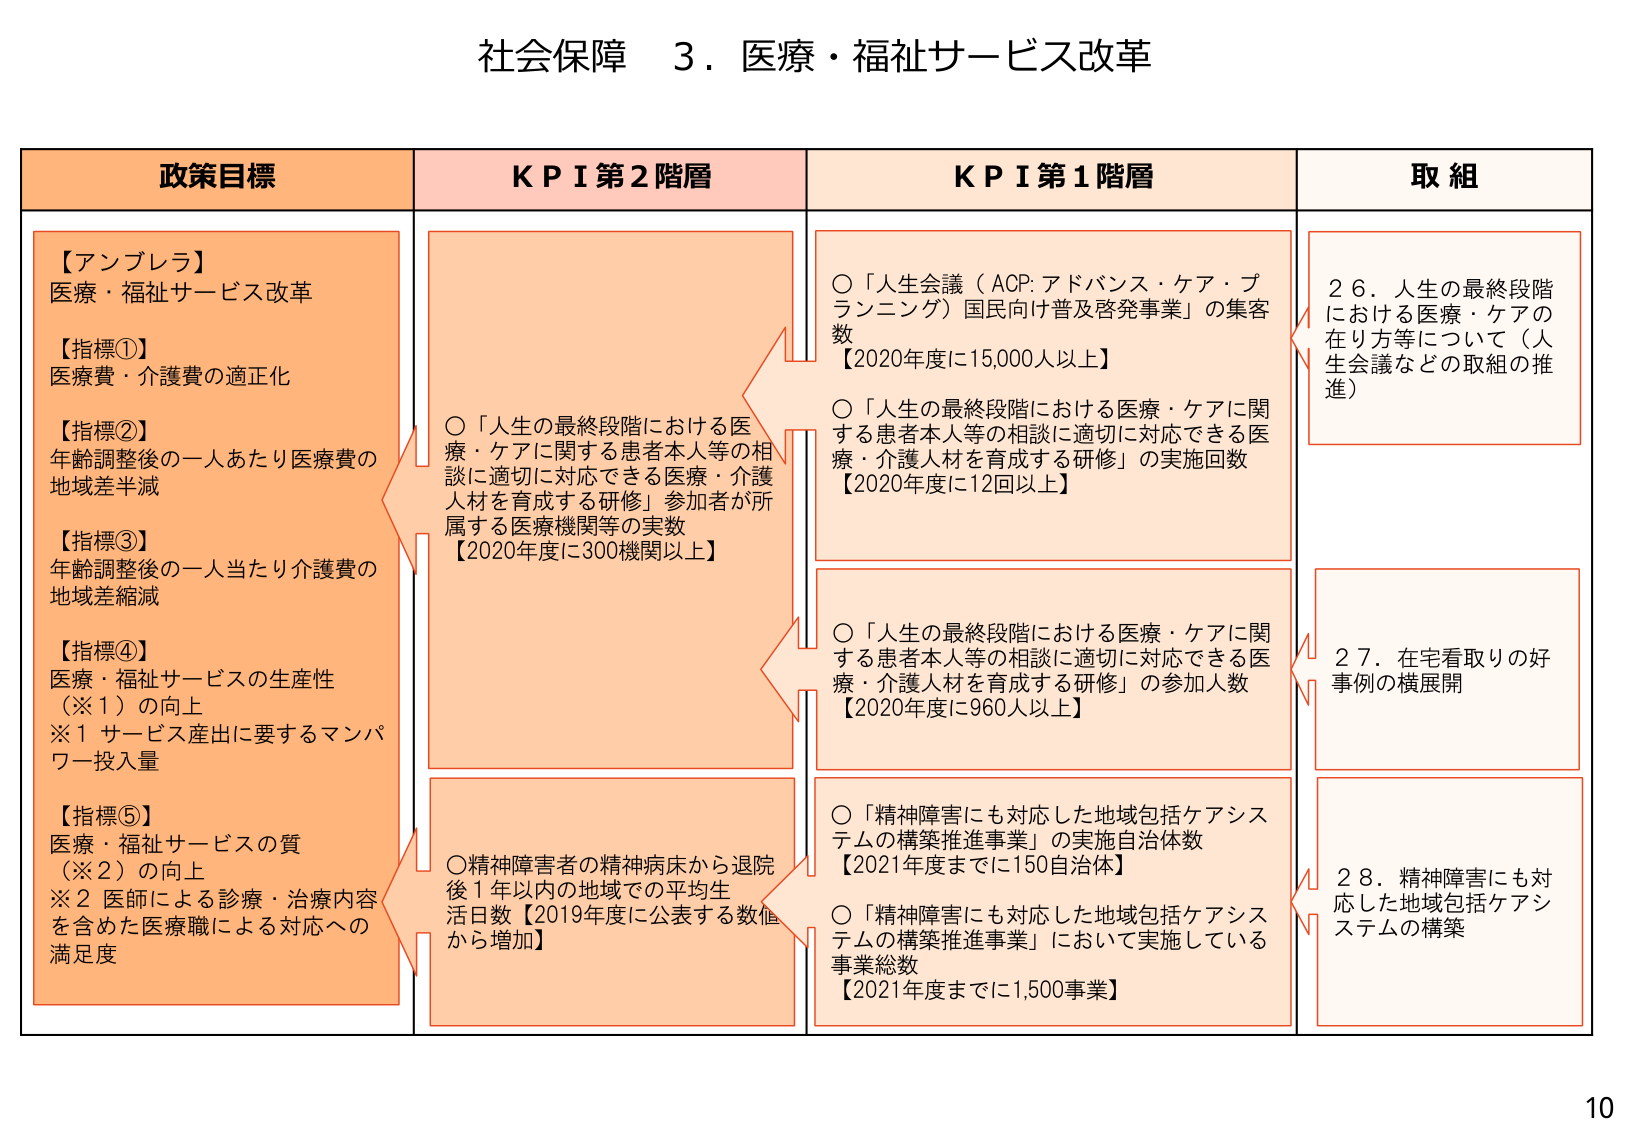
社会保障 ３．医療・福祉サービス改革

政策目標
【アンブレラ】
医療・福祉サービス改革
【指標①】
医療費・介護費の適正化
【指標②】
年齢調整後の一人あたり医療費の
地域差半減
【指標③】
年齢調整後の一人当たり介護費の
地域差縮減
【指標④】
医療・福祉サービスの生産性
（※１）の向上
※１ サービス産出に要するマンパ
ワー投入量
【指標⑤】
医療・福祉サービスの質
（※２）の向上
※２ 医師による診療・治療内容
を含めた医療職による対応への
満足度

ＫＰＩ第２階層
○「人生の最終段階における医
療・ケアに関する患者本人等の相
談に適切に対応できる医療・介護
人材を育成する研修」参加者が所
属する医療機関等の実数
【2020年度に300機関以上】
○精神障害者の精神病床から退院
後１年以内の地域での平均生
活日数【2019年度に公表する数値
から増加】

ＫＰＩ第１階層
○「人生会議（ACP:アドバンス・ケア・プ
ランニング）国民向け普及啓発事業」の集客
数
【2020年度に15,000人以上】
○「人生の最終段階における医療・ケアに関
する患者本人等の相談に適切に対応できる医
療・介護人材を育成する研修」の実施回数
【2020年度に12回以上】
○「人生の最終段階における医療・ケアに関
する患者本人等の相談に適切に対応できる医
療・介護人材を育成する研修」の参加人数
【2020年度に960人以上】
○「精神障害にも対応した地域包括ケアシス
テムの構築推進事業」の実施自治体数
【2021年度までに150自治体】
○「精神障害にも対応した地域包括ケアシス
テムの構築推進事業」において実施している
事業総数
【2021年度までに1,500事業】

取組
２６．人生の最終段階
における医療・ケアの
在り方等について（人
生会議などの取組の推
進）
２７．在宅看取りの好
事例の横展開
２８．精神障害にも対
応した地域包括ケアシ
ステムの構築

10